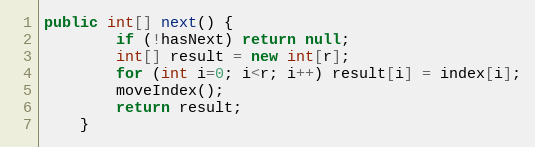
Language: Java
public int[] next() {
		if (!hasNext) return null;
		int[] result = new int[r];
		for (int i=0; i<r; i++) result[i] = index[i];
		moveIndex();
		return result;
	}